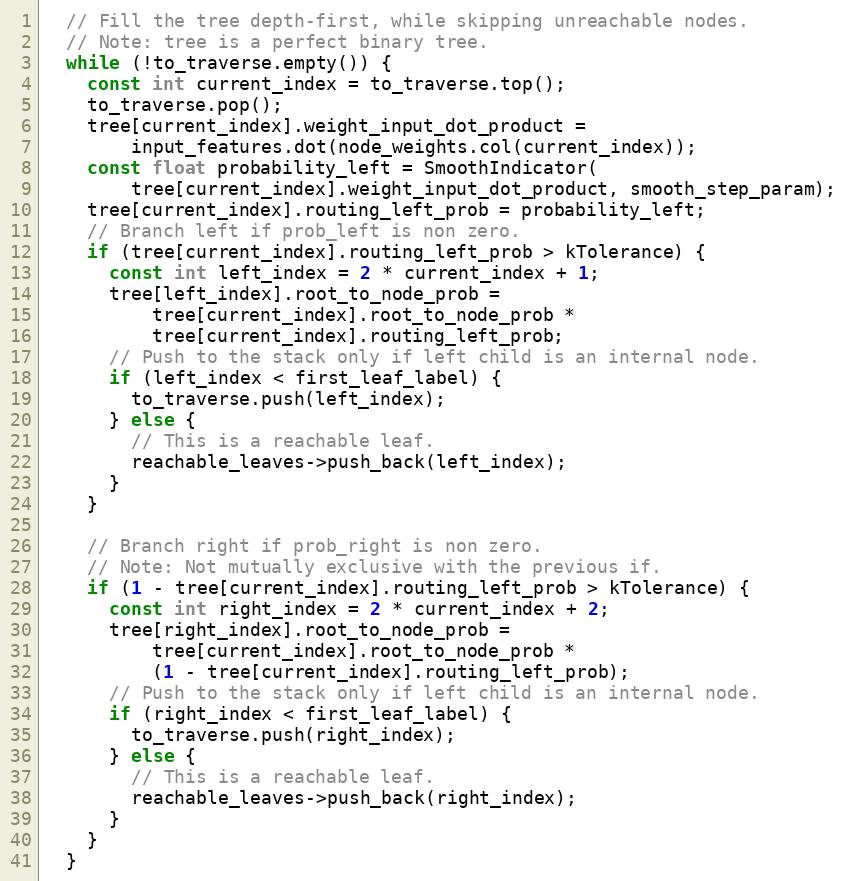
Language: C++
  // Fill the tree depth-first, while skipping unreachable nodes.
  // Note: tree is a perfect binary tree.
  while (!to_traverse.empty()) {
    const int current_index = to_traverse.top();
    to_traverse.pop();
    tree[current_index].weight_input_dot_product =
        input_features.dot(node_weights.col(current_index));
    const float probability_left = SmoothIndicator(
        tree[current_index].weight_input_dot_product, smooth_step_param);
    tree[current_index].routing_left_prob = probability_left;
    // Branch left if prob_left is non zero.
    if (tree[current_index].routing_left_prob > kTolerance) {
      const int left_index = 2 * current_index + 1;
      tree[left_index].root_to_node_prob =
          tree[current_index].root_to_node_prob *
          tree[current_index].routing_left_prob;
      // Push to the stack only if left child is an internal node.
      if (left_index < first_leaf_label) {
        to_traverse.push(left_index);
      } else {
        // This is a reachable leaf.
        reachable_leaves->push_back(left_index);
      }
    }

    // Branch right if prob_right is non zero.
    // Note: Not mutually exclusive with the previous if.
    if (1 - tree[current_index].routing_left_prob > kTolerance) {
      const int right_index = 2 * current_index + 2;
      tree[right_index].root_to_node_prob =
          tree[current_index].root_to_node_prob *
          (1 - tree[current_index].routing_left_prob);
      // Push to the stack only if left child is an internal node.
      if (right_index < first_leaf_label) {
        to_traverse.push(right_index);
      } else {
        // This is a reachable leaf.
        reachable_leaves->push_back(right_index);
      }
    }
  }